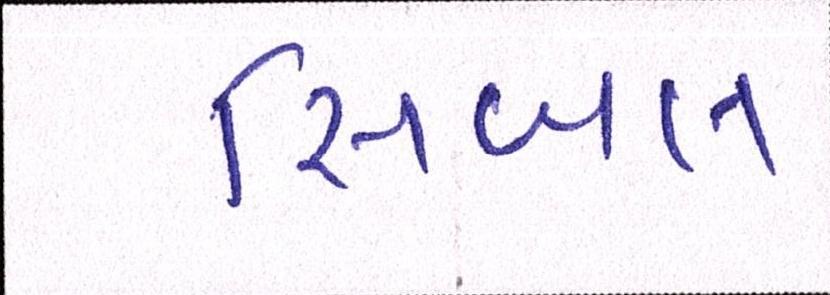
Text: સિબલ